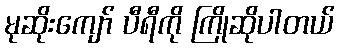
မုဆိုးကျော် ပီရီကို ကြိုဆိုပါတယ်